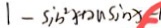
1 - \sin ^ { 2 } + 2 a \sin x - 1